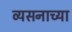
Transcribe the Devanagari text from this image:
व्यसनाच्या